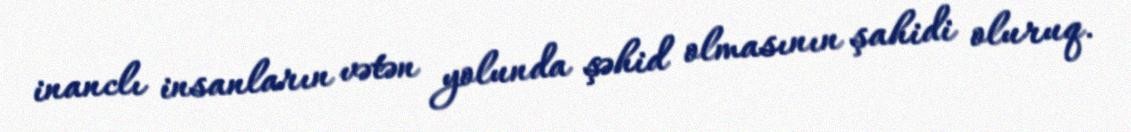
inanclı insanların vətən yolunda şəhid olmasının şahidi oluruq.